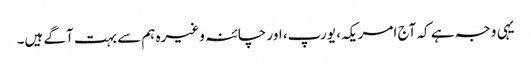
یہی وجہ ہے کہ آج امریکہ، یورپ، اور چائنہ وغیرہ ہم سے بہت آگے ہیں۔